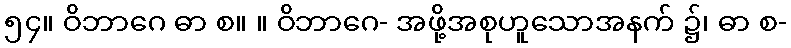
၅၄။ ဝိဘာဂေ ဓာ စ။ ။ ဝိဘာဂေ- အဖို့အစုဟူသောအနက် ၌၊ ဓာ စ-